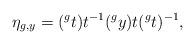
LaTeX: \begin{align*} \eta_{g,y} = (^{g}t) t^{-1} (^{g}y) t (^{g}t)^{-1}, \end{align*}